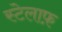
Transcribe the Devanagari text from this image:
स्टेलाफ़